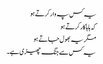
یہ کس پہ وار کرتے ہو
کہ ہاہاکار کرتے ہو
مگر یہ بھول جاتے ہو
یہ کس سے جنگ چھیڑی ہے۔